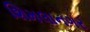
શિમલાનગર